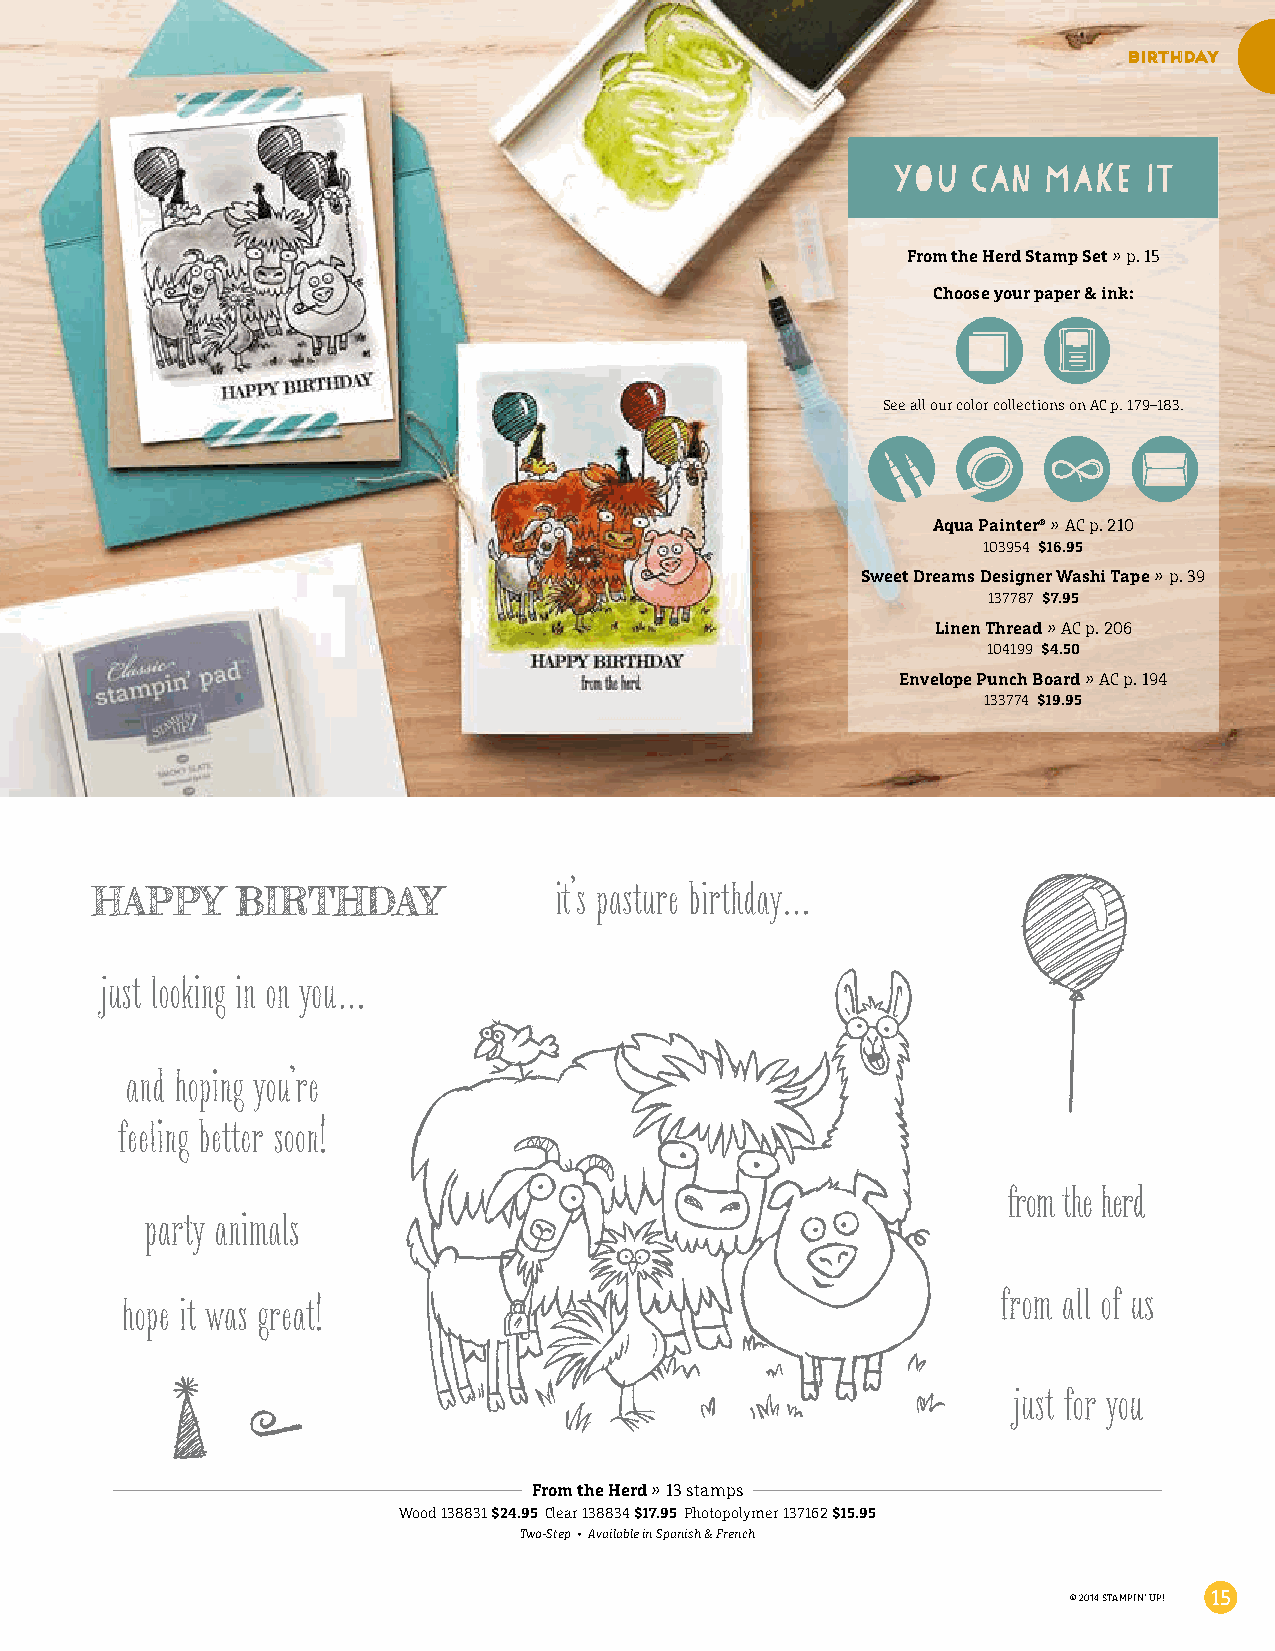
birthday
 From the Herd Stamp Set » p. 15
 Choose your paper & ink:
 See all our color collections on AC p. 179–183.
 Aqua Painter® » AC p. 210
 103954 $16.95
 Sweet Dreams Designer Washi Tape » p. 39
 137787 $7.95
 Linen Thread » AC p. 206
 104199 $4.50
 Envelope Punch Board » AC p. 194
 133774 $19.95
 From the Herd » 13 stamps
 Wood 138831 $24.95 Clear 138834 $17.95 Photopolymer 137162 $15.95
 Two-Step • Available in Spanish & French
 © 2014 STAMPIN’ UP! 15